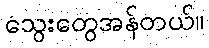
သွေးတွေအန်တယ်။